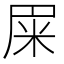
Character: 𰪰